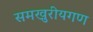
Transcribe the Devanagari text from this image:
समखुरीयगण